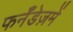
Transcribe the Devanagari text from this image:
फर्नॅंडेज़में